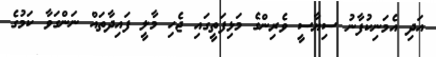
އަދި އެމަނިކުފާނު ސިޔާސީ ވެރިންގެ މަޅިފަތީގައި ޖެހި މާލީ ފައިދާތައް ނަންގަވާ ކަމުގެ